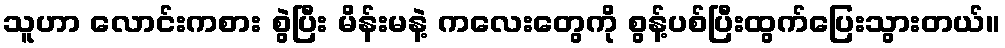
သူဟာ လောင်းကစား စွဲပြီး မိန်းမနဲ့ ကလေးတွေကို စွန့်ပစ်ပြီးထွက်ပြေးသွားတယ်။